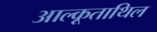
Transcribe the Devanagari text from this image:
आल्कूताथिल